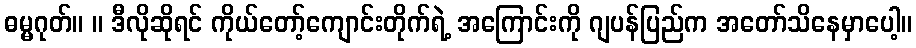
ဓမ္မဂုတ်။ ။ ဒီလိုဆိုရင် ကိုယ်တော့်ကျောင်းတိုက်ရဲ့ အကြောင်းကို ဂျပန်ပြည်က အတော်သိနေမှာပေါ့။